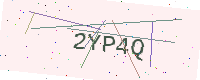
Text: 2YP4Q